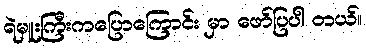
ရဲမှူးကြီးကပြောကြောင်း မှာ ဖော်ပြပါ တယ်။